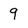
Character: 9